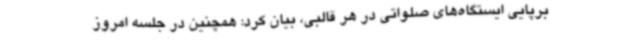
برپایی ایستگاه‌های صلواتی در هر قالبی، بیان کرد: همچنین در جلسه امروز